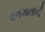
વનખાતાની